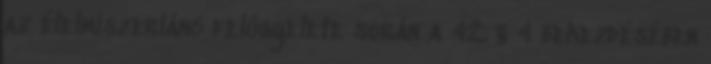
az élelmiszerlánc felügyelete során a 42. § 4 bekezdésében